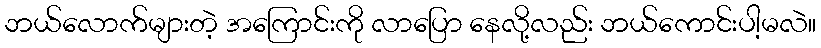
ဘယ်လောက်များတဲ့ အကြောင်းကို လာပြော နေလို့လည်း ဘယ်ကောင်းပါ့မလဲ။